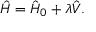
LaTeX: { \hat { H } } = { \hat { H } } _ { 0 } + \lambda { \hat { V } } .